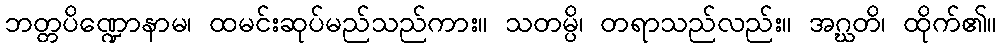
ဘတ္တပိဏ္ဍောနာမ၊ ထမင်းဆုပ်မည်သည်ကား။ သတမ္ပိ၊ တရာသည်လည်း။ အဂ္ဃတိ၊ ထိုက်၏။